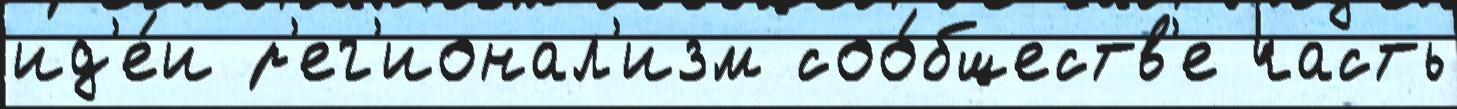
ид'е́и р'ег'ионал'изм соо́бществ'е часть